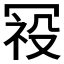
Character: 𭁿